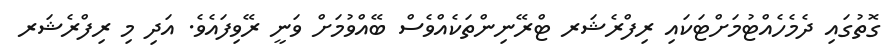
ގޮތުގައި ދެމެހެއްޓުމަށްޓަކައި ރިފްރެޝަރ ޓްރޭނިންތަކެއްވެސް ބޭއްވުމަށް ވަނީ ރޭވިފައެވެ. އަދި މި ރިފްރެޝަރ